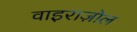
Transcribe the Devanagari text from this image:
वाइराज़ोल